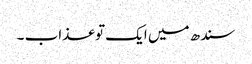
سندھ میں ایک تو عذاب ۔